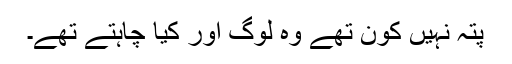
پتہ نہیں کون تھے وہ لوگ اور کیا چاہتے تھے۔